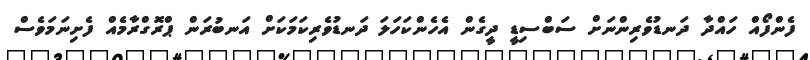
ފެންފޯއް ހައްދާ ދަނޑުވެރިންނަށް ސަބްސިޑީ ދީގެން އެހެންކަހަލަ ދަނޑުވެރިކަމަކަށް އަނބުރަން ޕްރޮގްރާމެއް ފެށިނަމަވެސް